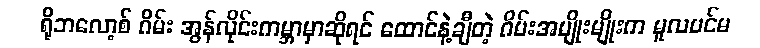
ရိုဘလော့စ် ဂိမ်း အွန်လိုင်းကမ္ဘာမှာဆိုရင် ထောင်နဲ့ချီတဲ့ ဂိမ်းအမျိုးမျိုးက မူလပင်မ